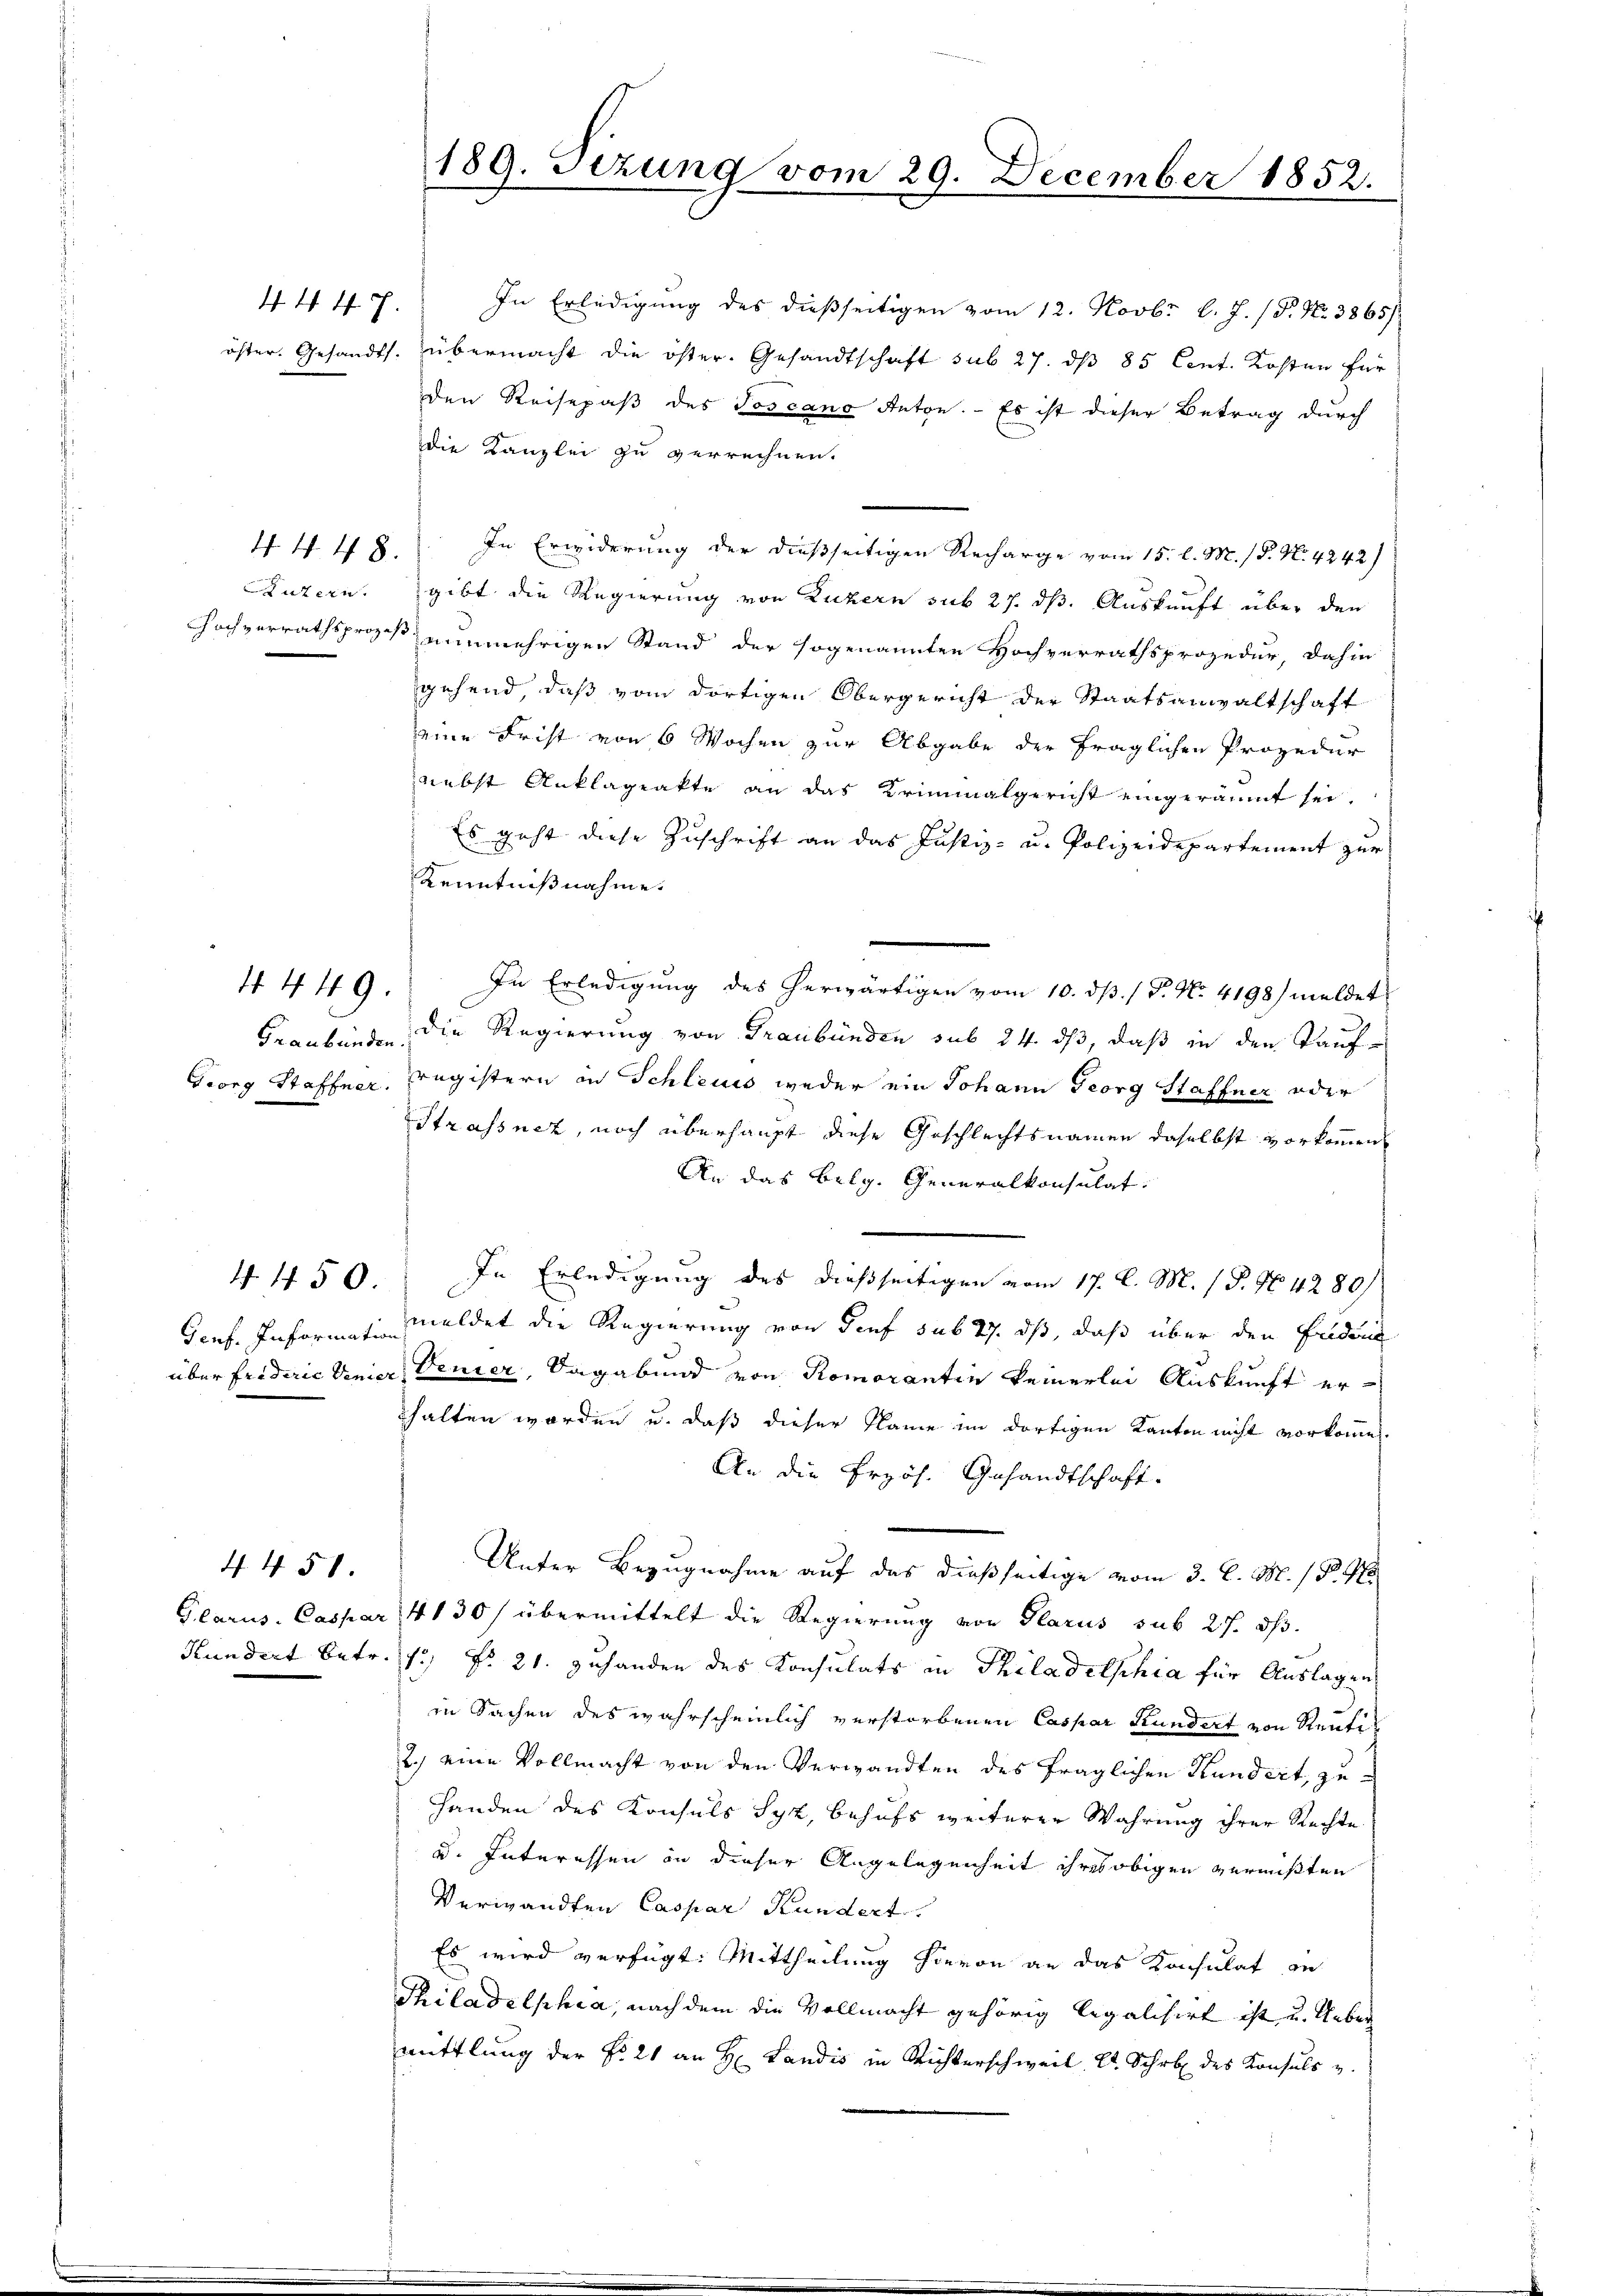
44. 47.

In Erledigung des dießseitigen vom 12. Novbr. l. J. P. Nr. 3865/
öster. Gesandts. übermacht die öster. Gesandtschaft sub 27. dß 85 Cent. Kosten für
den Reisepaß des Toscano Anton. — Es ist dieser Betrag durch
die Kanzlei zu verrechnen.
44 48. In Erwiderung der dießseitigen Recharge vom 15. l. M. / P. N. 4242)
Luzern, gibt die Regierung von Luzern sub 27. ds. Auskunft über den
Hochverrathsprozeß nunmehrigen Stand der sogenannten Hochverrathsprozedur, dahin
gehend, daß vom dortigen Obergericht der Staatsanwaltschaft
eine Frist von 6 Wochen zur Abgabe der fraglichen Prozedur
nebst Anklageakte an das Kriminalgericht eingeräumt sei.
Es geht diese Zuschrift an das Justiz- u. Polizeidepartement zur
Kenntnißnahme.
In Erledigung des herwärtigen vom 10. d. 1 P. No. 4198) meldet
Graubünden, die Regierung von Graubünden sub 24. ds, daß in den Kauf¬
Georg Staffner, Tragistern in Schleuss weder ein Johann Georg Staffner oder
Strassnez, noch überhaupt diese Geschlechtsnamen daselbst vorkommen
An das Belg. Generalkonsulat
In Erledigung des dießseitigen vom 17. d. M. / P. No. 4280/
Genf. Informati meldet die Regierung von Genf sub 27. dß, daß über den Fridai
über friderie dener Genier, Sagabund von Romorantin keinerlei Auskunft erhalten worden u. daß dieser Name im dortigen Kanton nicht vorkommen.
An die Erzös. Gesandtschaft.
Unter Bezugnahme auf das dießseitige vom 3. l. M. / 5. No
Glarus. Caspar 4130/ übermittelt die Regierung von Glarus sub 27. ds.
Kundert betr. 17, No 21. zuhanden des Konsulats in Philadelphia für Auslagen
in Sachen des wahrscheinlich verstorbenen Caspar Kundert von Reuti¬
2.) eine Vollmacht von den Verwandten des fraglichen Stundert, zu¬
Handen des Konsuls Syz, behufs weiterer Wahrung ihrer Rechte
u. Interessen an dieser Angelegenheit ihres obigen vermißten
Verwandten Caspar Kundert.
Es wird verfügt: Mittheilung hievon an das Konsulat an
Thiladelphia, nach dem die Vollmacht gehörig legalisirt ist u. Ueber
mittlung der No. 21 an H: Landis in Richterschweil, Kt. Schrb des Konsuls u.

4 449.

. 150

4458.

189. Sizung vom 29. December 1852.